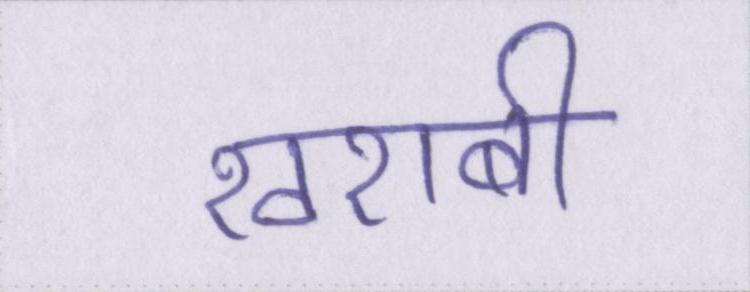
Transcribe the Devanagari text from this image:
खराबी